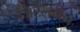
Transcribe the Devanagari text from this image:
जिटेलमैन